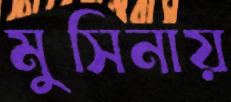
মুসিনায়